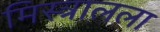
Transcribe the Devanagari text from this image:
मिस्त्रालला